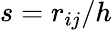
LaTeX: s={r_{ij}}{/h}